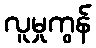
လူမှုကွန်